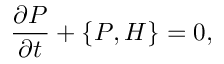
\frac { \partial P } { \partial t } + \{ P , H \} = 0 ,